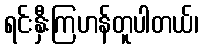
ရင်းနှီးကြဟန်တူပါတယ်၊